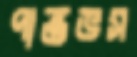
পান্ডভস